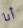
أنا